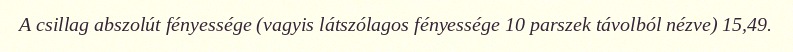
A csillag abszolút fényessége (vagyis látszólagos fényessége 10 parszek távolból nézve) 15,49.